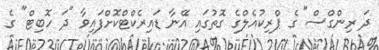
ދަ ރިންގްސް" ގެ ޕްރިކުއެލްގެ ގޮތުގައި އޭނާ ޑައިރެކްޓްކޮށްފައިވާ "ދަ ހޮބިޓް" ގެ